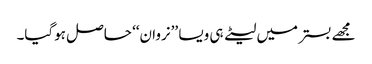
مجھے بستر میں لیٹے ہی ویسا ’’نروان‘‘ حاصل ہوگیا۔